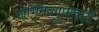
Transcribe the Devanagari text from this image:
अभिनवगुप्ताचार्य